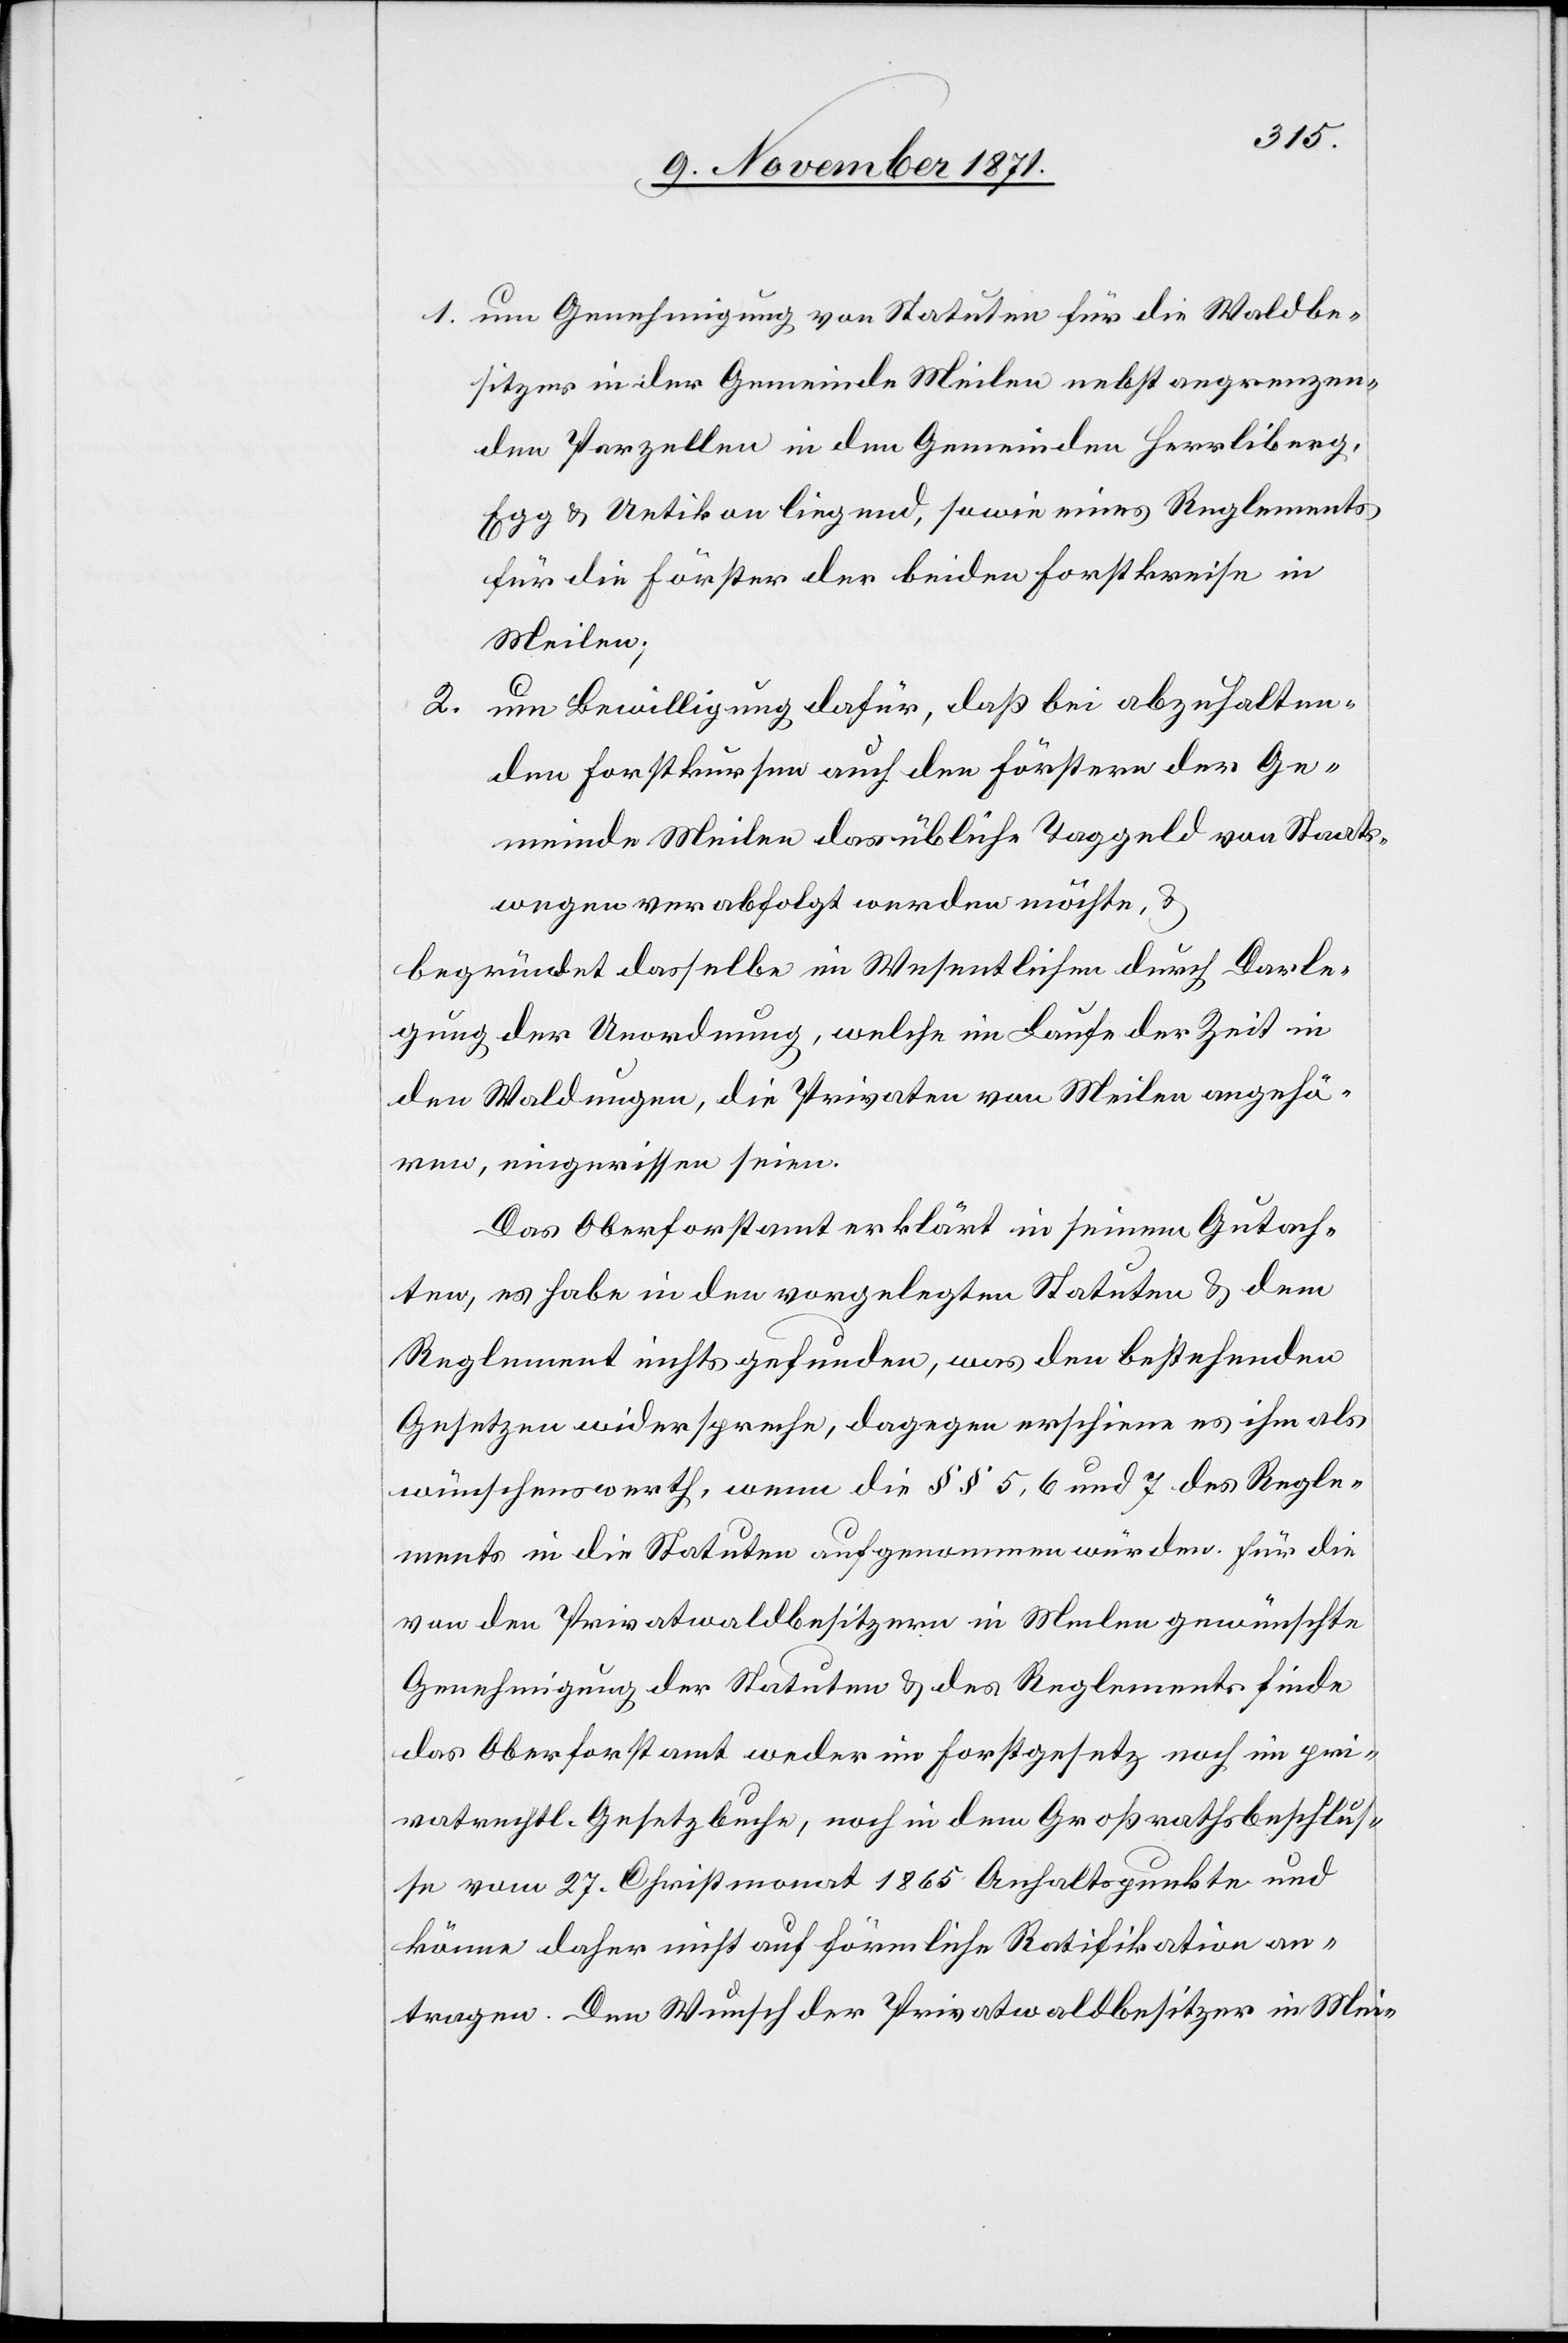
1. um Genehmigung von Statuten für die Waldbe¬
sitzer in der Gemeinde Meilen nebst angrenzen¬
den Parzellen in den Gemeinden Herrliberg,
Egg & Uetikon liegend, sowie eines Reglements
für die Förster der beiden Forstkreise in
Meilen;
2. um Bewilligung dafür, daß bei abzuhalten¬
den Forstkursen auch den Förstern der Ge¬
meinde Meilen das übliche Taggeld von Staats¬
wegen verabfolgt werden möchte,
begründet dasselbe im Wesentlichen durch Darle¬
gung der Unordnung, welche im Laufe der Zeit in
den Waldungen, die Privaten von Meilen angehö¬
ren, eingerissen seien.
Das Oberforstamt erklärt in seinem Gutach¬
ten, es habe in den vorgelegten Statuten & dem
Reglement nichts gefunden, was den bestehenden
Gesetzen widerspreche, dagegen erscheine es ihm als
wünschenswerth, wenn die §§ 5, 6, und 7 des Regle¬
ments in die Statuten aufgenommen würden. Für die
von den Privatwaldbesitzern in Meilen gewünschte
Genehmigung der Statuten & des Reglements finde
das Oberforstamt weder im Forstgesetz noch im pri¬
vatrechtl. Gesetzbuche, noch in dem Großrathsbeschluß¬
e vom 27. Christmonat 1865 Anhaltspunkte und
könne daher nicht auf förmliche Ratifikation an¬
tragen. Den Wunsch der Privatwaldbesitzer in Mei-